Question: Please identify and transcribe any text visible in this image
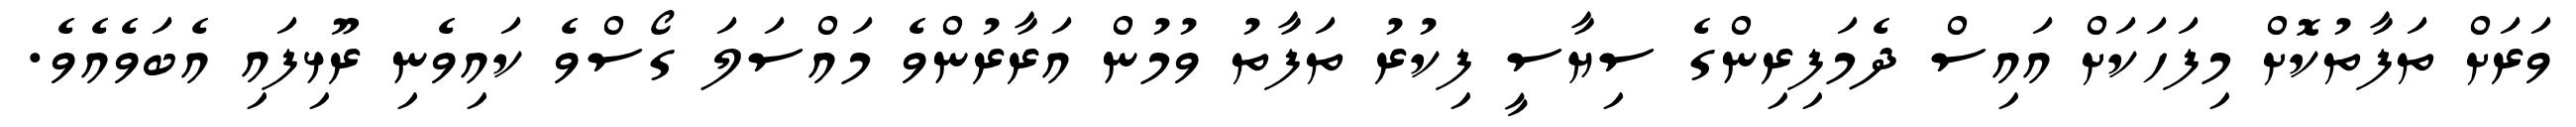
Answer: ވަރަށް ތަފާތުކޮށް މިފަހަކަށް އައިސް ދެމަފިރިންގެ ސިޔާސީ ފިކުރު ތަފާތު ވުމުން އަރާރުންވެ މައްސަލަ ގޯސްވެ ކައިވެނި ރޫޅިފައި އެބަވެއެވެ.